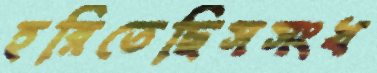
হরিতেছিসসংখ